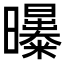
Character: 𣌑